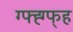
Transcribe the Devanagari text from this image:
ग्फ्ह्ग्फ्ह